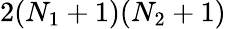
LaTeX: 2(N_{1}+1)(N_{2}+1)